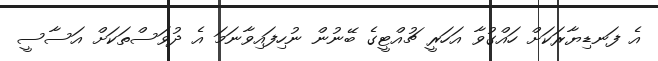
އެ ފަނޑިޔާރަކަށް ހައްގުވާ އަހަރީ ޗުއްޓީގެ ބޭނުން ނުހިފައިވާނަމަ އެ ދުވަސްތަކަށް އަސާސީ